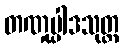
တဏှုပ္ပါဒသုတ္တ